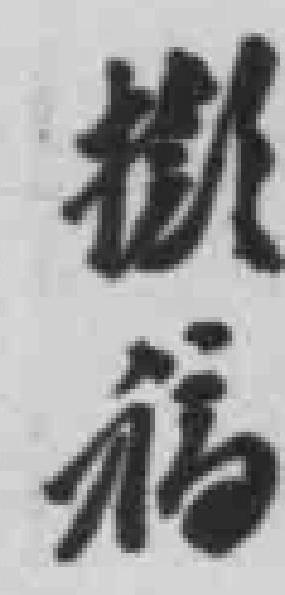
擬稿